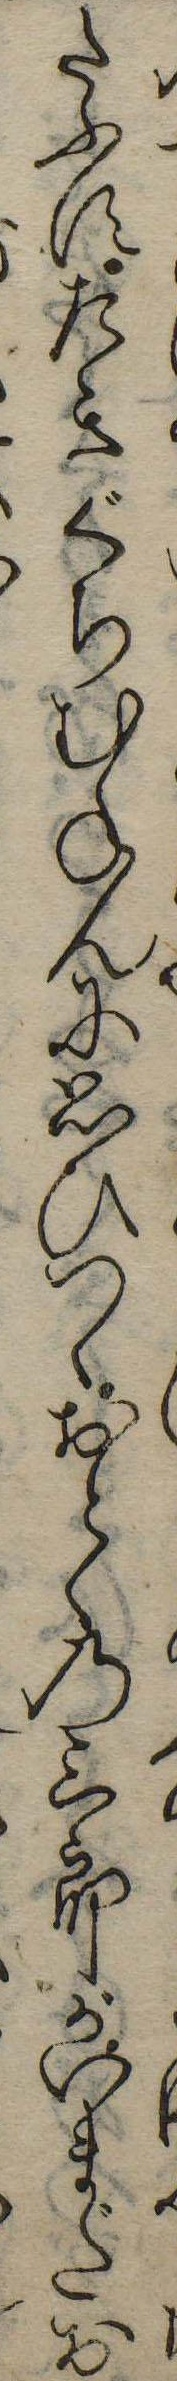
たふすたきぐちむねんに思ひておとゝの三郎がいまだお